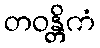
တဝန္တိကံ